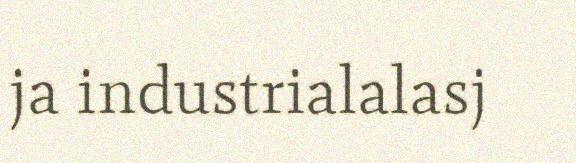
ja industrialalasj